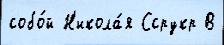
собо́й Н'икола́я Ссрукр В